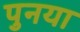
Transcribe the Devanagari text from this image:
पुनया